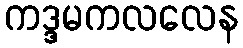
ကဒ္ဒမကလလေန